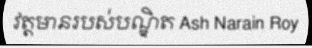
វត្តមានរបស់បណ្ឌិត Ash Narain Roy